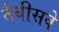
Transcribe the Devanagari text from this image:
तैबीसवे